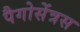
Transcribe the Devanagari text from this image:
पैगोसेंत्रस